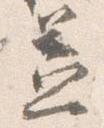
蓋